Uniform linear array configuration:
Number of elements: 48
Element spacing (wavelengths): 0.25
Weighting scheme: blackman
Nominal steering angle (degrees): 30
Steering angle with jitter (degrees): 30.196
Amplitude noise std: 0.05
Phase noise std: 0.05

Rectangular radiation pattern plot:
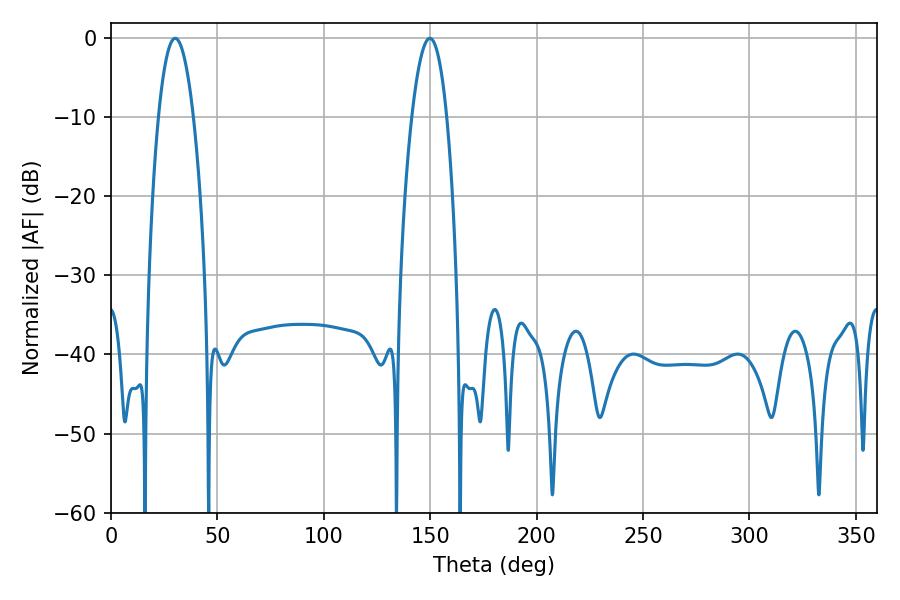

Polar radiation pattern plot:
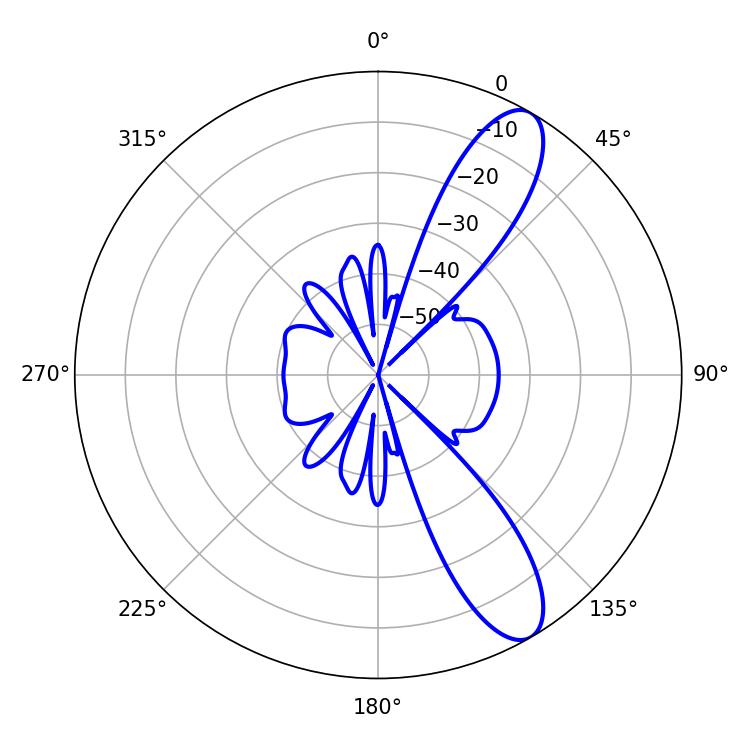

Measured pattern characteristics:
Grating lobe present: FALSE
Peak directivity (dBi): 10.674
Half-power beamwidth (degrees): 9
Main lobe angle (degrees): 30.24